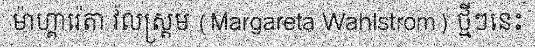
ម៉ាហ្គារ៉េតា វ៉លស្ត្រម (Margareta Wahlstrom) ថ្មីៗនេះ